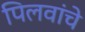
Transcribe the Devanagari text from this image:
पिलवांचे